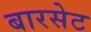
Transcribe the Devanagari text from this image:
बारसेट